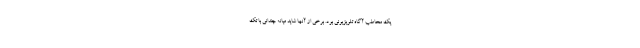
یک مخاطب آگاه تلویزیونی بود. برخی از آنها شاید میانه چندانی با تک